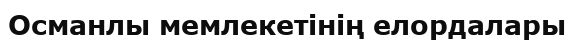
Османлы мемлекетінің елордалары